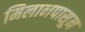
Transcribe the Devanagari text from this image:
मिलानपासून